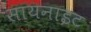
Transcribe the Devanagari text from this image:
सायनाइट